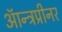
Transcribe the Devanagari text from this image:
ऑन्त्रप्रीनर